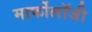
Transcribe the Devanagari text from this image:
मार्फोलॉजी